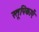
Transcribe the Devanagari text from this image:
स्तूपिकाएँ